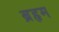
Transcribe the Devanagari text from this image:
ब्रहृम